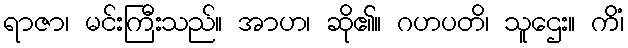
ရာဇာ၊ မင်းကြီးသည်။ အာဟ၊ ဆို၏။ ဂဟပတိ၊ သူဌေး။ ကိံ၊